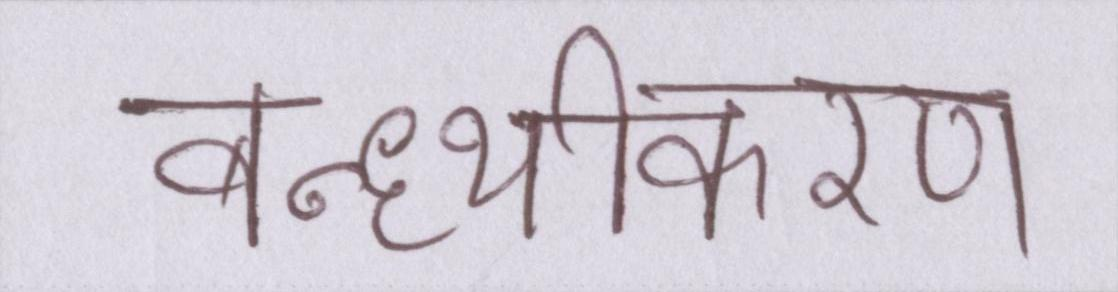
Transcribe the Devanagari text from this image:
बन्ध्यीकरण